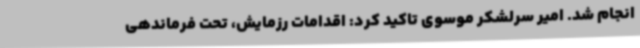
انجام شد. امیر سرلشکر موسوی تاکید کرد: اقدامات رزمایش، تحت فرماندهی